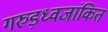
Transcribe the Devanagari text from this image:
गरुड़ध्वजांकित